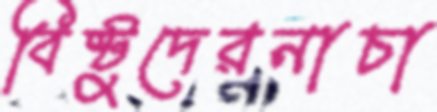
বিষ্টুদেরনাচা